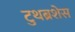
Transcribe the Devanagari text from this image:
टुथब्रशेस